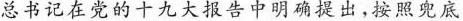
总书记在党的十九大报告中明确提出，按照兜底